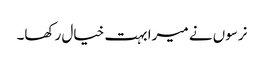
نرسوں نے میرا بہت خیال رکھا۔